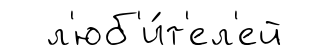
л'юб'и́т'ел'ей